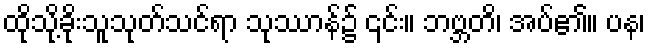
ထိုသို့ခိုးသူသုတ်သင်ရာ သုဿာန်၌ ၎င်း။ ဘဗ္ဘတိ၊ အပ်၏။ ပန၊